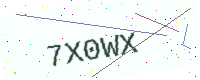
Text: 7X0WX